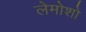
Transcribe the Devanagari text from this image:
लेमोशो